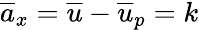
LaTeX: \overline{{a}}_{x}=\overline{{u}}-\overline{{u}}_{p}=k